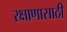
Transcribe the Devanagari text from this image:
रक्षाणासाठी